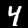
Label: 4